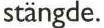
stängde.